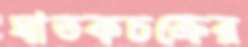
ঘাতকচক্রের